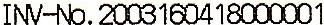
INV-NO.2003160418000001